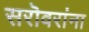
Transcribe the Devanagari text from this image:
सरॊवरांना